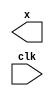
// DESCRIPTION: Verilator: Verilog Test module
//
// This file ONLY is placed into the Public Domain, for any use,
// without warranty, 2007 by Wilson Snyder.

module t (/*AUTOARG*/
   // Outputs
   x,
   // Inputs
   clk
   );

`ifdef ALLOW_UNOPT
   /*verilator lint_off UNOPTFLAT*/
`endif

   input clk;
   output x;   // Avoid eliminating x

   reg x;
   always @* begin
      x = ~x;
   end

endmodule